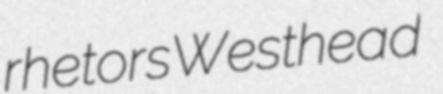
rhetors Westhead